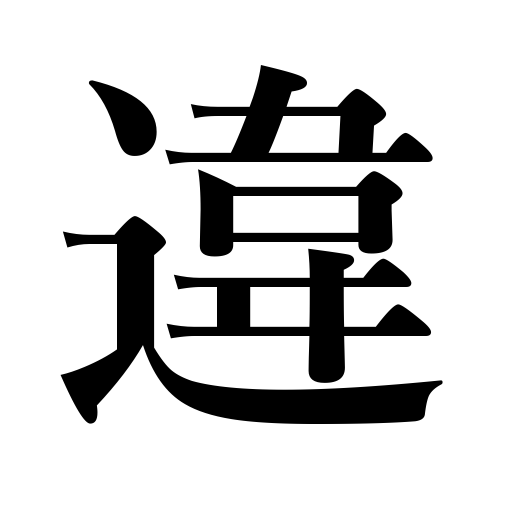
Meanings: alter,cross or pass someone,change,disguise,vary,disagree with,make a mistake,break a promise,sprain,cross two sticks,No negation,be mistaken,dislocate,differ